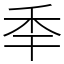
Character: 𥝝